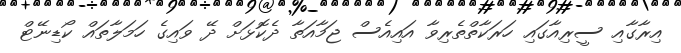
އިރާގާއި ސީރިއާގައި ހަރަކާތްތެރިވާ އައިއެސް ޖަމާއަތާ ދެކޮޅަށް ދޭ ވައިގެ ހަމަލާތައް ކޯޑިނޭޓް